Annual report on the lock hospitals of the Madras Presidency
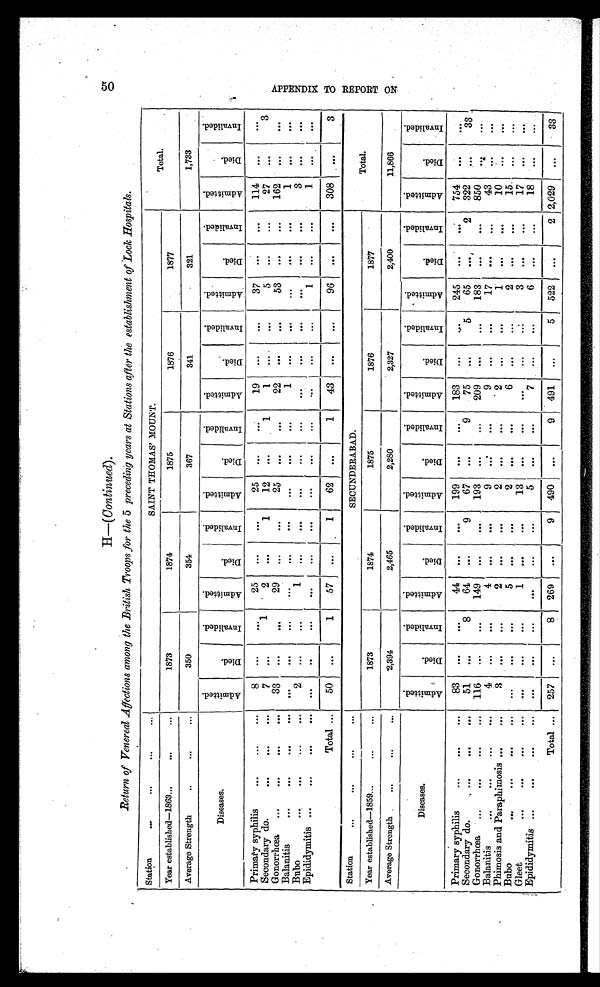
5 0 A P P E N D I X T O R E P O R T O N
Return of Venereal Affections among the British Troops for the 5 preceding years at Stations after the establishment of Lock Hospitals.
Station
... ... ... ...
SAINT THOMAS' MOUNT.
Total.
Year established—1863... ...
...
1873
1874
1875
1876
1877
Average Strength
..
. . . . . .
350
354
367
341
321
1,733
Diseases.
A d m i t t e d .
D i e d .
I n v a l i d e d .
A d m i t t e d .
D i e d .
I n v a l i d e d .
A d m i t t e d .
D i e d .
I n v a l i d e d .
A d m i t t e d .
D i e d .
I n v a l i d e d .
A d m i t t e d .
D i e d .
I n v a l i d e d .
A d m i t t e d .
D i e d .
I n v a l i d e d .
Primary syphilis
... ...
...
8
...
. . .
25
...
. . .
25
. . . ...
19
. . .
. . .
37
. . .
. . .
114
. . .
. . .
Secondary do.
... ... ...
7
. . .
1
2
. . .
1
12
. . .
1
1 ...
. . .
5
. . .
. . .
27
. . .
3
Gonorrhœa ... ...
...
...
33
. . .
. . .
29
. . .
. . .
25
. . . ...
22
. . .
. . .
53
. . .
. . .
162 ...
. . .
Balanitis
... ... ... ... ...
. . .
. . .
. . .
...
. . .
. . .
. . .
. . .
1 ...
. . .
. . .
. . .
. . .
1
. . .
. . .
Bubo
... ... ... ...
2
...
. . .
1
...
. . .
. . .
. . .
. . .
. . .
. . .
. . .
. . .
. . .
. . .
3
. . .
. . .
Epididymitis ...
...
... ...
. . .
...
. . .
. . .
. . .
. . .
. . .
. . .
. . .
. . .
. . .
. . .
1
. . .
. . .
1
. . .
. . .
Total ...
50
. . .
1
57 ...
1
62
. . .
1
43
. . .
. . .
96
. . .
. . .
308
. . .
3
Station
...
... ... ...
SECUNDERABAD.
Total.
Year established—1859... ... ...
1873
1874
1875
1876
1877
Average Strength
... ... ...
2,394
2,465
2,280
2,327
2,400
11,866
Diseases.
A d m i t t e d .
D i e d .
I n v a l i d e d .
A d m i t t e d .
D i e d .
I n v a l i d e d .
A d m i t t e d .
D i e d .
I n v a l i d e d .
A d m i t t e d .
D i e d .
I n v a l i d e d .
A d m i t t e d .
D i e d .
I n v a l i d e d .
A d m i t t e d .
D i e d .
I n v a l i d e d .
Primary syphilis
... ... ...
83
. . .
. . .
44
. . .
. . .
199
. . .
...
183 ...
. . .
245
... . . .
754
. . .
. . .
Secondary do.
...
...
...
51
. . .
8
64
. . .
9
67
. . .
9
75
. . .
5
65
...
2 322
. . .
33
Gonorrhœa
... ... ...
...
116
. . .
. . . 149
. . . . . .
193
. . .
...
209
. . .
. . .
183
. . .
. . .
850
. . .
. . .
Balanitis
... ... ...
...
4 ...
. . .
4
. . .
. . .
9
. . .
. . .
9
. . .
. . .
17
. . .
. . .
43
. . .
. . .
Phimosis and Paraphimosis ...
...
3
...
. . .
2
. . .
. . .
2
. . .
. . .
2
. . .
. . .
1
. . .
. . .
10
. . .
. . .
Bubo
... ... ...
...
...
. . .
. . .
5
. . .
. . .
2
. . .
. . .
6
... ...
2
. . .
...
15
. . .
...
Gleet
... ... ... ...
. . .
. . .
. . .
1
. . .
. . .
13
. . .
. . .
. . .
. . .
. . .
3
. . .
. . .
17
. . . ...
Epididymitis ...
...
...
...
. . .
. . .
. . .
. . .
. . .
. . .
5
. . .
. . .
7
. . .
. . .
6
. . .
...
18
. . .
. . .
Total ... 257
. . .
8 269 ...
9 490
. . .
9 491
. . .
5 522
. . .
2 2,029
. . .
33